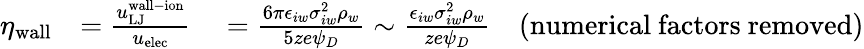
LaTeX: \begin{array}{rl}{\eta_{\mathrm{wall}}}&{=\frac{u_{\mathrm{LJ}}^{\mathrm{wall-ion}}}{u_{\mathrm{elec}}}\quad=\frac{6\pi\epsilon_{iw}\sigma_{iw}^{2}\rho_{w}}{5ze\psi_{D}}\sim\frac{\epsilon_{iw}\sigma_{iw}^{2}\rho_{w}}{ze\psi_{D}}\quad\mathrm{(numerical~factors~removed)}}\end{array}